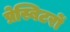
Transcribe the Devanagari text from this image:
प्रेस्बिटरों